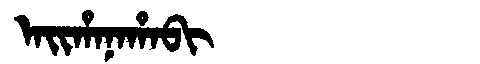
Manchu: ᠠᡳᡥᠠᠨᠠᡥᠠᠪᡳ
Romanization: AIHANAHABI